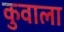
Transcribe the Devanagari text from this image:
कुवाला